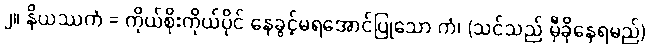
၂။ နိယဿကံ = ကိုယ်စိုးကိုယ်ပိုင် နေခွင့်မရအောင်ပြုသော ကံ၊ (သင်သည် မှီခိုနေရမည်)